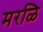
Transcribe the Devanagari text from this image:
मरळि